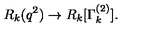
R _ { k } ( q ^ { 2 } ) \to R _ { k } [ \Gamma _ { k } ^ { ( 2 ) } ] .